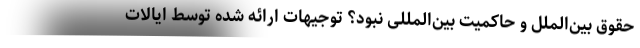
حقوق بین‌الملل و حاکمیت بین‌المللی نبود؟ توجیهات ارائه شده توسط ایالات